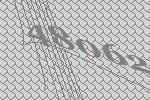
48062